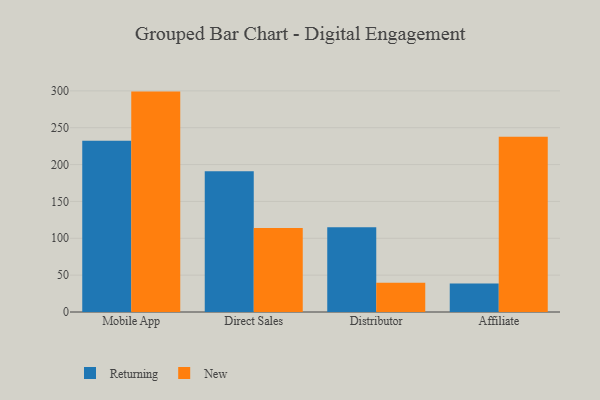
{"axis": {"x": "Channel", "y": "Backlog"}, "legend": ["New", "Returning"], "data": [{"x": "Mobile App", "y": 232.2, "type": "Returning"}, {"x": "Mobile App", "y": 299.0, "type": "New"}, {"x": "Direct Sales", "y": 190.8, "type": "Returning"}, {"x": "Direct Sales", "y": 113.9, "type": "New"}, {"x": "Distributor", "y": 115.0, "type": "Returning"}, {"x": "Distributor", "y": 39.6, "type": "New"}, {"x": "Affiliate", "y": 38.7, "type": "Returning"}, {"x": "Affiliate", "y": 237.7, "type": "New"}]}